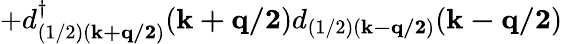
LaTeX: +d_{(1/2)({\mathbf{k+q/2}})}^{\dagger}({\mathbf{k+q/2}})d_{(1/2)({\mathbf{k-q/2}})}({\mathbf{k-q/2}})